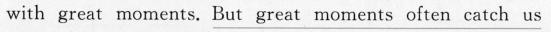
with great moments. \underline{But great moments often catch us}